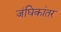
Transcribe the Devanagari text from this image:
जंघिकांतर